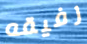
رفيقه